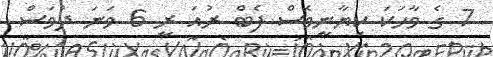
7 ގެ ވާހަކަ ކިޔާނީވެސް ފެބް ރުއަ ރީ 6 ވަނަ ދުވަސް